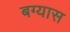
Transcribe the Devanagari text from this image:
बग्यास